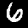
Label: 6